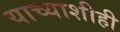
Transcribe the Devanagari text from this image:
याच्याशीही